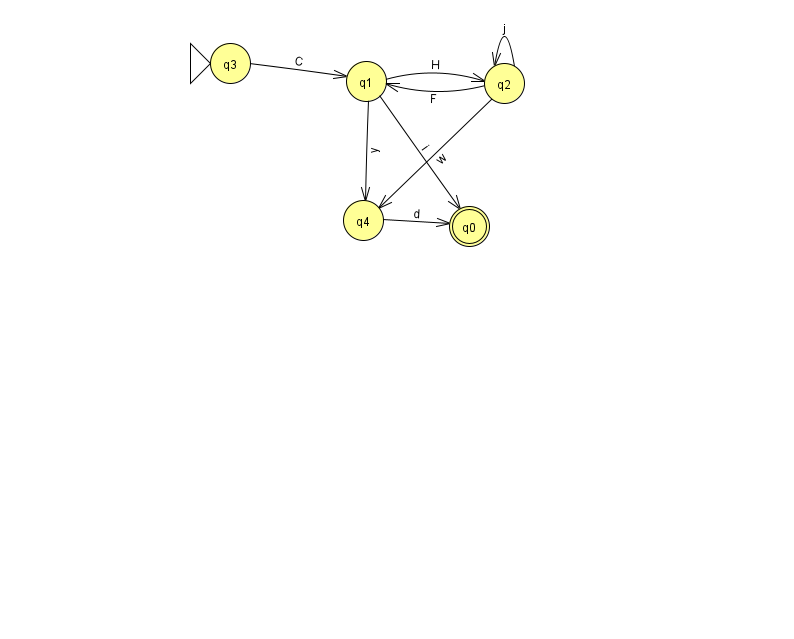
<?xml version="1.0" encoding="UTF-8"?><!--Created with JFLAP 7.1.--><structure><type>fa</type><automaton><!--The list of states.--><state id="0" name="q0"><x>469.0</x><y>213.0</y><final/></state><state id="1" name="q1"><x>366.0</x><y>68.0</y></state><state id="2" name="q2"><x>504.0</x><y>70.0</y></state><state id="3" name="q3"><x>230.0</x><y>50.0</y><initial/></state><state id="4" name="q4"><x>363.0</x><y>207.0</y></state><!--The list of transitions.--><transition><from>2</from><to>1</to><read>F</read></transition><transition><from>1</from><to>4</to><read>y</read></transition><transition><from>1</from><to>0</to><read>i</read></transition><transition><from>4</from><to>0</to><read>d</read></transition><transition><from>2</from><to>2</to><read>j</read></transition><transition><from>1</from><to>2</to><read>H</read></transition><transition><from>3</from><to>1</to><read>C</read></transition><transition><from>2</from><to>4</to><read>w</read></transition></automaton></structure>